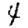
Digit: 4